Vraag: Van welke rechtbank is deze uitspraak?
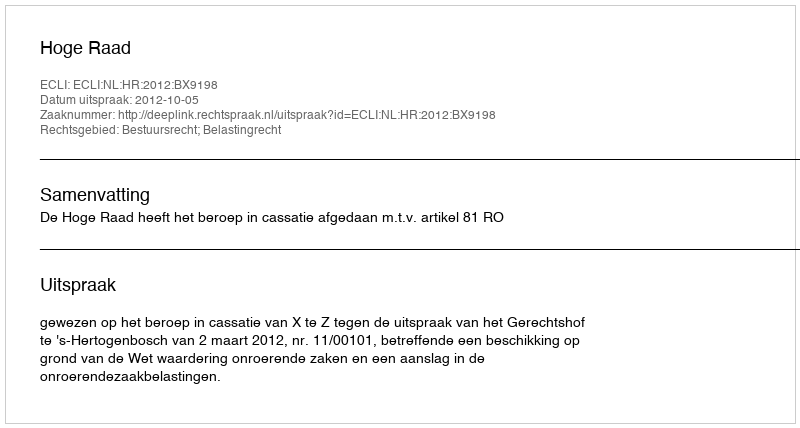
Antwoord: Hoge Raad